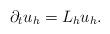
LaTeX: \begin{align*}\partial_tu_h= L_hu_h.\end{align*}